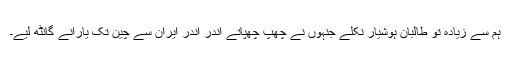
ہم سے زیادہ تو طالبان ہوشیار نکلے جنہوں نے چھپ چھپاتے اندر اندر ایران سے چین تک یارانے گانٹھ لیے۔